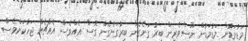
މަޑުމަޑުން މަޑުމަޑުން ނޫސްވެރިން ބިރު ގަނެގެން ބިރުގަނެގެން ގޮސް އެއްވެސް އެއްޗެއް ޖަހާކަށްވެސް